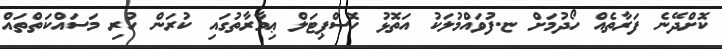
ކޮށްދޭނެ ފަރާތެއް ހޯދުމަށް ޏ.ފުވައްމުލަކު އަތޮޅު ހޮސްޕިޓަލް ޢިމާރާތުގައި ކުރަން ހުރި މަސައްކަތްތައް